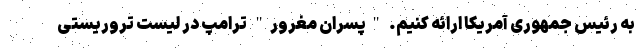
به رئیس جمهوری آمریکا ارائه کنیم. "پسران مغرور" ترامپ در لیست تروریستی